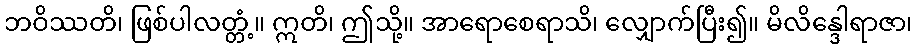
ဘဝိဿတိ၊ ဖြစ်ပါလတ္တံ့။ ဣတိ၊ ဤသို့။ အာရောစေရာသိ၊ လျှောက်ပြီး၍။ မိလိန္ဒေါရာဇာ၊